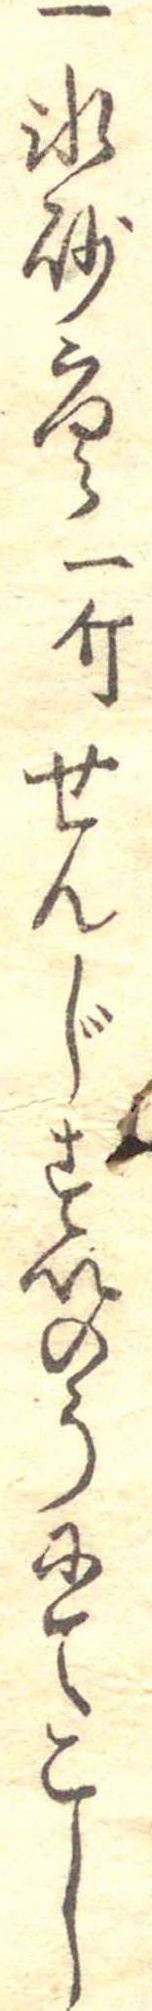
一氷砂唐一斤せんじすいのうにてこし